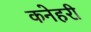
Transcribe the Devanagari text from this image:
कनेहरी